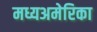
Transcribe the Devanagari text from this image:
मध्यअमेरिका